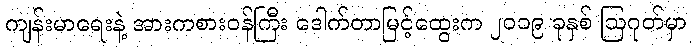
ကျန်းမာရေးနဲ့ အားကစားဝန်ကြီး ဒေါက်တာမြင့်ထွေးက ၂၀၁၉ ခုနှစ် ဩဂုတ်မှာ